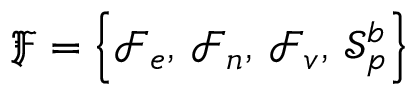
\mathfrak { F } = \left\{ \mathcal { F } _ { e } , \, \mathcal { F } _ { n } , \, \mathcal { F } _ { v } , \, \mathcal { S } _ { p } ^ { b } \right\}